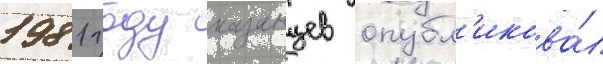
1981 году казанцев опубл'икова́л